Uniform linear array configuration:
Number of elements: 12
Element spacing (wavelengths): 0.75
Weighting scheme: kaiser
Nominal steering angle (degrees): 60
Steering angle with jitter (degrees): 61.024
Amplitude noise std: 0.05
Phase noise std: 0.05

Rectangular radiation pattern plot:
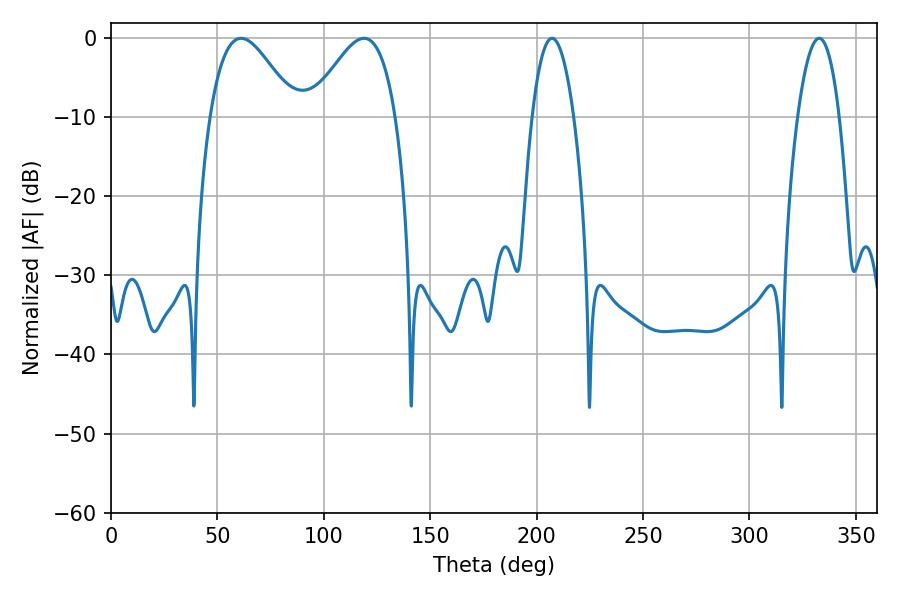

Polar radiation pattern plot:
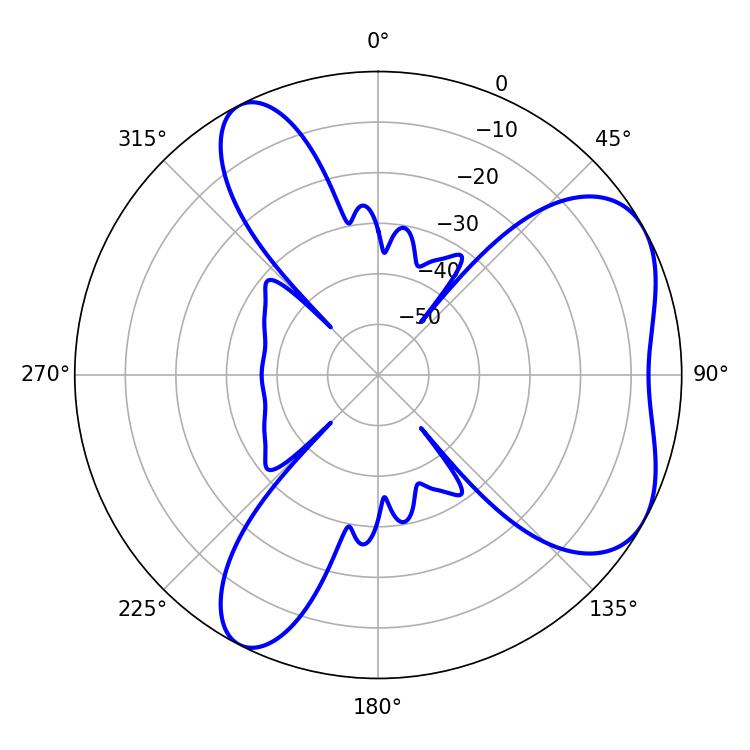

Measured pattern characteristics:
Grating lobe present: TRUE
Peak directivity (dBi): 5.477
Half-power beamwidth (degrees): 21.42
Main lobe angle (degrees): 61.2